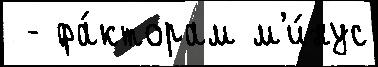
 - фа́кторам м'и́нус